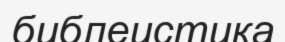
библеистика